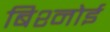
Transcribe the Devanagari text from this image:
बिश्‍नोई